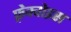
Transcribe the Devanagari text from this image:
फ़्रेक्वोइस